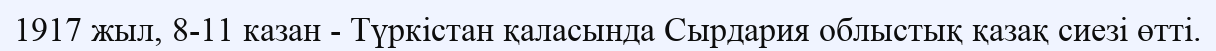
1917 жыл, 8-11 казан - Түркістан қаласында Сырдария облыстық қазақ сиезі өтті.